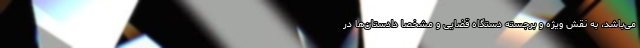
می‌باشد، به نقش ویژه و برجسته دستگاه قضایی و مشخصاً دادستان‌ها در